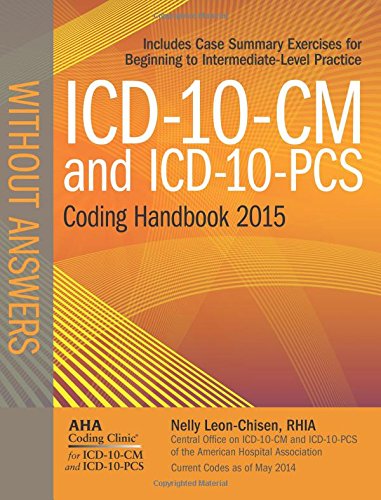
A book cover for ICD-10-CM and ICD-10-PCS Coding Handbook, without Answers, 2015 Rev. Ed.; Nelly Leon-Chisen; Medical Books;